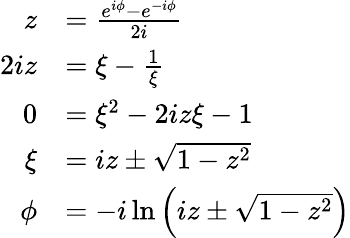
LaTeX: {\begin{array}{rl}{z}&{={\frac{e^{i\phi}-e^{-i\phi}}{2i}}}\\ {2iz}&{=\xi-{\frac{1}{\xi}}}\\ {0}&{=\xi^{2}-2iz\xi-1}\\ {\xi}&{=iz\pm{\sqrt{1-z^{2}}}}\\ {\phi}&{=-i\ln\left(iz\pm{\sqrt{1-z^{2}}}\right)}\end{array}}